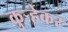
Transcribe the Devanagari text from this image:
कुऱ्हेकर